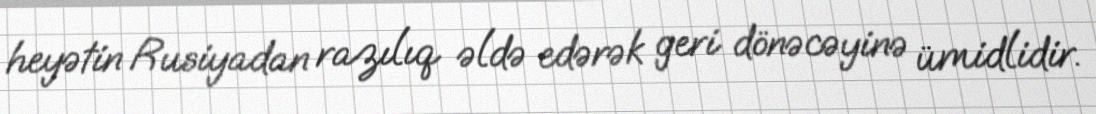
heyətin Rusiyadan razılıq əldə edərək geri dönəcəyinə ümidlidir.